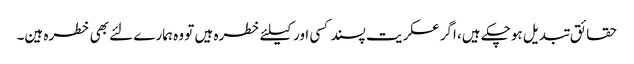
حقائق تبدیل ہوچکے ہیں، اگر عسکریت پسند کسی اور کیلئے خطرہ ہیں تو وہ ہمارے لئے بھی خطرہ ہین۔